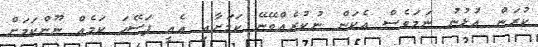
ކުރަން އުޅުނު ނަމަވެސް އެކަން ނުކުރެއްވޭނޭ ކަމަށާއި އެއީ ފަސޭހަ ކަމެއް ނޫންކަމަށް